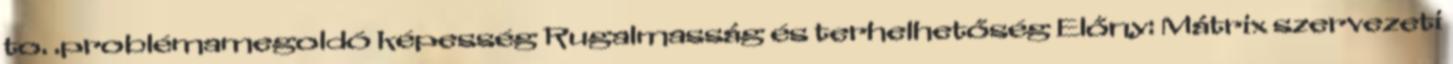
to. .problémamegoldó képesség Rugalmasság és terhelhetőség Előny: Mátrix szervezeti